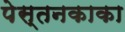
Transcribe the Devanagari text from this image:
पेस्तनकाका